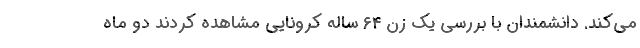
می‌کند. دانشمندان با بررسی یک زن ۶۴ ساله کرونایی مشاهده کردند دو ماه